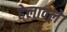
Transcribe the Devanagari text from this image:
हेलावले